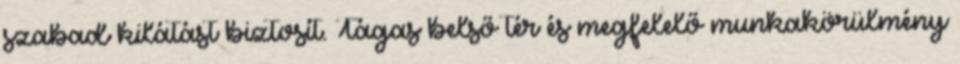
szabad kilátást biztosít. Tágas belső tér és megfelelő munkakörülmény